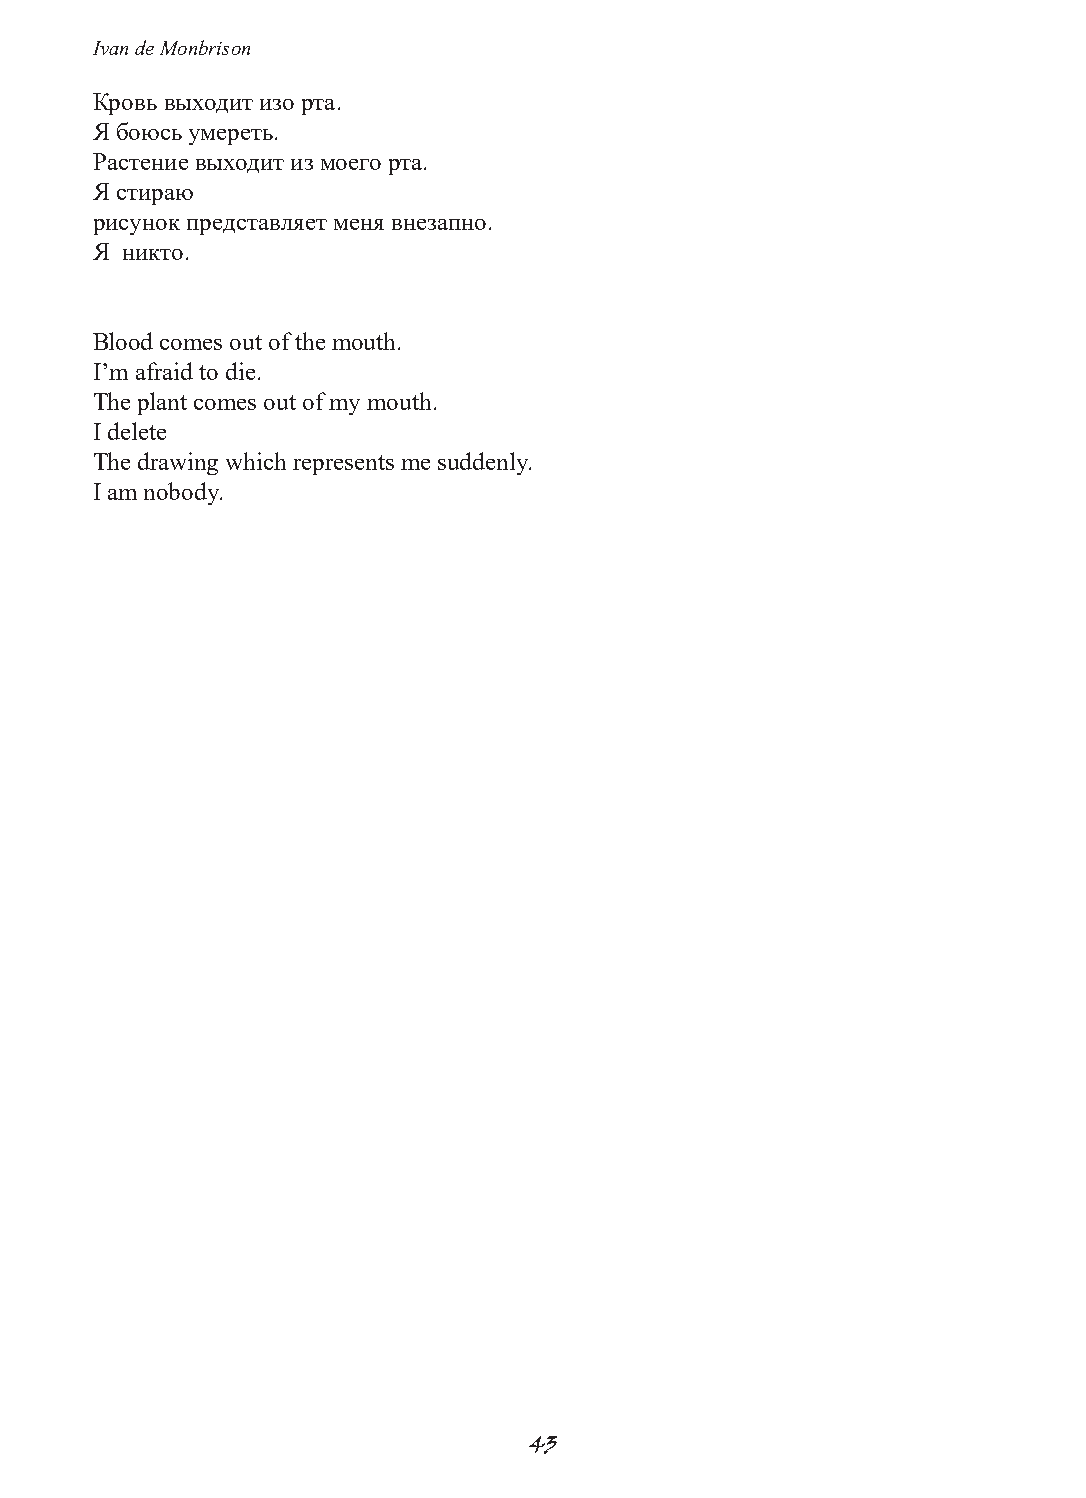
Ivan de Monbrison
 Кровь выходит изо рта.
 Я боюсь умереть.
 Растение выходит из моего рта.
 Я стираю
 рисунок представляет меня внезапно.
 Я никто.
 Blood comes out of the mouth.
 I’m afraid to die.
 The plant comes out of my mouth.
 I delete
 The drawing which represents me suddenly.
 I am nobody.
 43